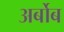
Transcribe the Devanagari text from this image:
अर्बोब